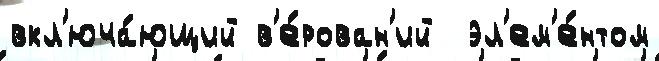
вкл'юча́ющий в'е́рован'ий  эл'ем'е́нтом